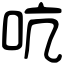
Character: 吭